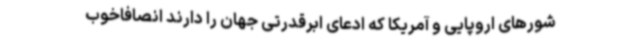
شورهای اروپایی و آمریکا که ادعای ابرقدرتی جهان را دارند انصافاخوب